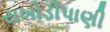
રાખોડીપાણી